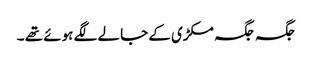
جگہ جگہ مکڑی کے جالے لگے ہوئے تھے ۔